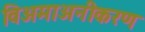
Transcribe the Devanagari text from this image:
विअमाअनीकरण